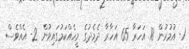
1- އުމުރުން 18 އަހަރާ 65 އަހާރާ ދެމެދުގެ މީހެއްކަމުގައިވުން 2- އެއްވެސް